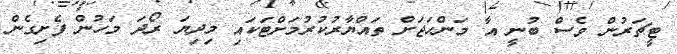
ޓީޗަރުން ވެސް ބުނީ އާ މަންހަޖަށް ތައްޔާރުކުރުމަށްޓަކައި މިދިޔަ ރޯދަ މަހުން ފެށިގެން